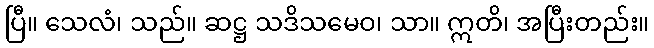
ပြီ။ သေလံ၊ သည်။ ဆဋ္ဌ သဒိသမေဝ၊ သာ။ ဣတိ၊ အပြီးတည်း။